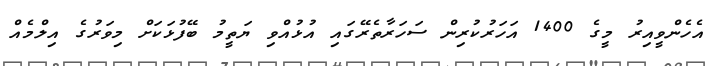
އެހެންވީއިރު މީގެ 1400 އަހަރުކުރިން ސަހަރާތެރޭގައި އުޅުއްވި ޔަތީމު ބޭފުޅަކަށް މިވަރުގެ އިލްމެއް